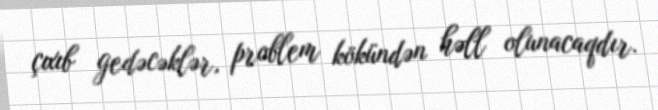
çıxıb gedəcəklər, problem kökündən həll olunacaqdır.